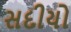
સદીયો